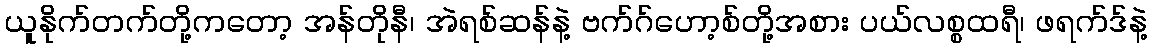
ယူနိုက်တက်တို့ကတော့ အန်တိုနီ၊ အဲရစ်ဆန်နဲ့ ဗက်ဂ်ဟော့စ်တို့အစား ပယ်လစ္စထရီ၊ ဖရက်ဒ်နဲ့